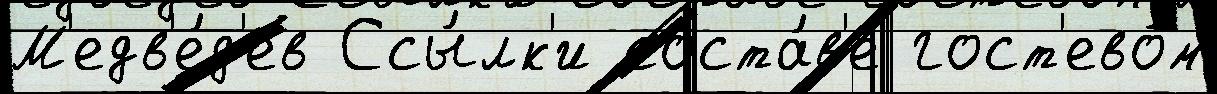
М'едв'е́д'ев Ссы́лк'и соста́в'е гост'ево́м